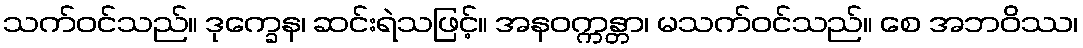
သက်ဝင်သည်။ ဒုက္ခေန၊ ဆင်းရဲသဖြင့်။ အနဝက္ကန္တာ၊ မသက်ဝင်သည်။ စေ အဘဝိဿ၊